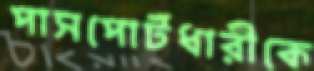
পাসপোর্টধারীকে